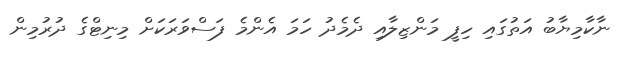
ނާކާމިޔާބު އަތުގައި ހިފީ މަންޒިލާއި ދެމެދު ހަމަ އެންމެ ފަސްވަރަކަށް މިނިޓްގެ ދުރުމިން